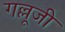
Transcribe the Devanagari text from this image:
गल्लूजी